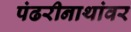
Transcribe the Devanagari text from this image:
पंढरीनाथांवर